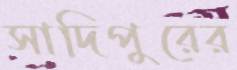
সাদিপুরের